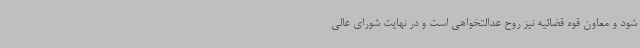
شود و معاون قوه قضائیه نیز روح عدالتخواهی است و در نهایت شورای عالی